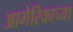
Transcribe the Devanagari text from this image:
आमेरिकाच्या